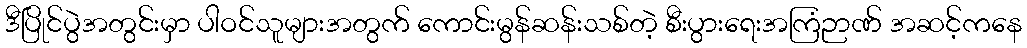
ဒီပြိုင်ပွဲအတွင်းမှာ ပါဝင်သူများအတွက် ကောင်းမွန်ဆန်းသစ်တဲ့ စီးပွားရေးအကြံဉာဏ် အဆင့်ကနေ